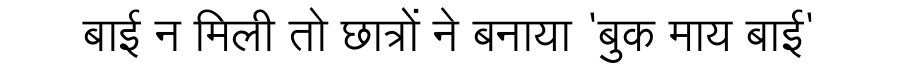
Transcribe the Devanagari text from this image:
बाई न मिली तो छात्रों ने बनाया 'बुक माय बाई'